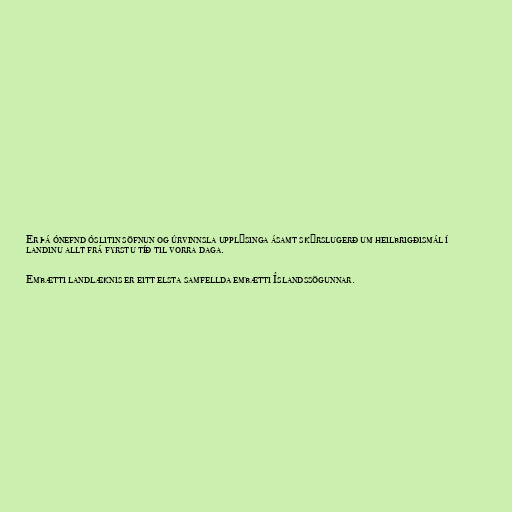
Er þá ónefnd óslitin söfnun og úrvinnsla upplýsinga ásamt skýrslugerð um heilbrigðismál í
landinu allt frá fyrstu tíð til vorra daga.

Embætti landlæknis er eitt elsta samfellda embætti Íslandssögunnar.